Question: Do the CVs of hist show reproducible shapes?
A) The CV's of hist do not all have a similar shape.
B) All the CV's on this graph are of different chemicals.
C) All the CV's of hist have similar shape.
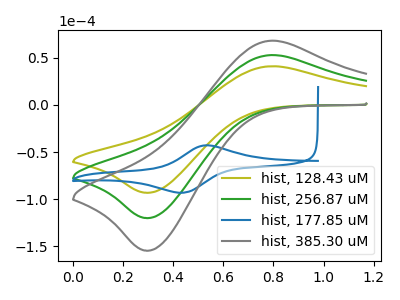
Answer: <think>The olive curve "hist, 128.43 uM" has an anodic peak at (0.80V, 41.15uA) and a cathodic peak at (0.30V, -93.15uA). The green curve "hist, 256.87 uM" has an anodic peak at (0.80V, 53.00uA) and a cathodic peak at (0.30V, -120.00uA). The blue curve "hist, 177.85 uM" has an anodic peak at (0.55V, -42.80uA) and a cathodic peak at (0.45V, -93.25uA). The gray curve "hist, 385.30 uM" has an anodic peak at (0.80V, 106.00uA) and a cathodic peak at (0.30V, -240.00uA).
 All the peaks in "hist, 128.43 uM" have a peak in "hist, 256.87 uM" at the same potential. Every peak in "hist, 128.43 uM" is lower than every peak in "hist, 256.87 uM". "hist, 128.43 uM" and "hist, 177.85 uM" have at least one peak that do not match. All the peaks in "hist, 128.43 uM" have a peak in "hist, 385.30 uM" at the same potential. Every peak in "hist, 128.43 uM" is lower than every peak in "hist, 385.30 uM". "hist, 256.87 uM" and "hist, 177.85 uM" have at least one peak that do not match. All the peaks in "hist, 256.87 uM" have a peak in "hist, 385.30 uM" at the same potential. Every peak in "hist, 256.87 uM" is lower than every peak in "hist, 385.30 uM". "hist, 177.85 uM" and "hist, 385.30 uM" have at least one peak that do not match.</think>
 <answer>C) All the CV's of "hist" have similar shape.</answer>
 <eval>C</eval>